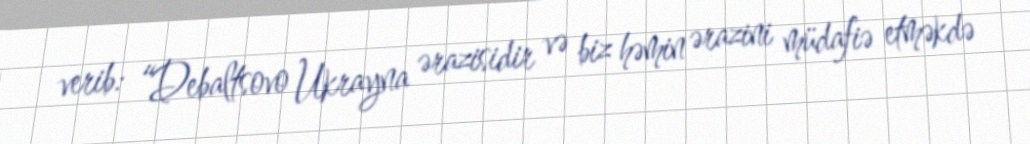
verib: “Debaltsovo Ukrayna ərazisidir və biz həmin ərazini müdafiə etməkdə